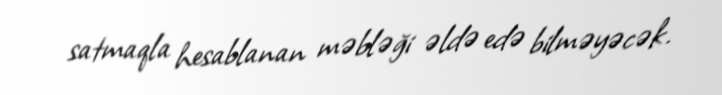
satmaqla hesablanan məbləği əldə edə bilməyəcək.